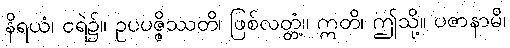
နိရယံ၊ ငရဲ၌။ ဥပပဇ္ဇိဿတိ၊ ဖြစ်လတ္တံ့။ ဣတိ၊ ဤသို့။ ပဇာနာမိ၊